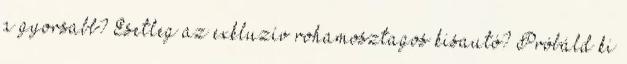
a gyorsabb? Esetleg az exkluzív rohamosztagos kisautó? Próbáld ki